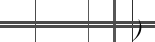
)